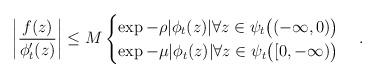
LaTeX: \begin{align*} \bigg| \frac{f(z)}{\phi_t'(z)} \bigg| \le M \begin{cases} \exp{-\rho |\phi_t(z) | } \forall z \in \psi_t\big((-\infty, 0)\big)\\ \exp{-\mu |\phi_t(z) | } \forall z \in \psi_t\big([0, -\infty)\big) \end{cases}. \end{align*}